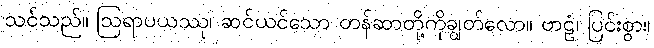
သင်သည်။ ဩရာပယဿု၊ ဆင်ယင်သော တန်ဆာတို့ကိုချွတ်လော။ ဗာဠံ၊ ပြင်းစွာ။